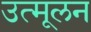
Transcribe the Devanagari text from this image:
उत्मूलन